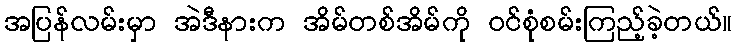
အပြန်လမ်းမှာ အဲဒီနားက အိမ်တစ်အိမ်ကို ဝင်စုံစမ်းကြည့်ခဲ့တယ်။